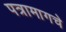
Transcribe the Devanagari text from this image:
पत्रामागचे